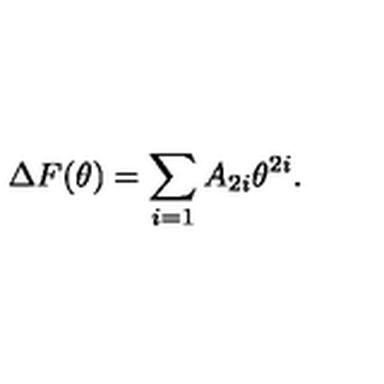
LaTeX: \Delta F ( \theta ) = \sum _ { i = 1 } A _ { 2 i } \theta ^ { 2 i } .